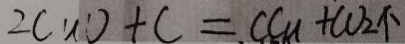
2 C u 0 + C = C C u + C O _ { 2 } \uparrow